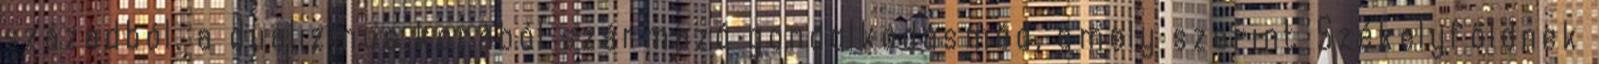
századból, a dualizmus korából származó gondolkodásmód, amely szerint Székelyföldnek